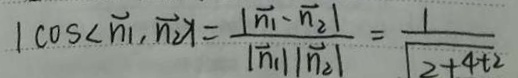
\vert \cos < \overrightarrow { n _ { 1 } } , \overrightarrow { n _ { 2 } } > \vert = \frac { \vert \overrightarrow { n _ { 1 } } - \overrightarrow { n _ { 2 } } \vert } { \vert \overrightarrow { n _ { 1 } } \vert \vert \overrightarrow { n _ { 2 } } \vert } = \frac { 1 } { \sqrt { 2 + 4 t ^ { 2 } } }